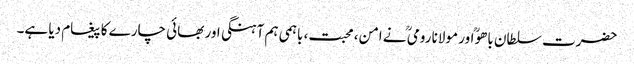
حضرت سلطان باھوؒ اور مولانا رومیؒ نے امن، محبت، باہمی ہم آہنگی اور بھائی چارے کا پیغام دیا ہے۔